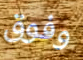
وفوق